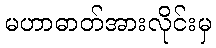
မဟာဓာတ်အားလိုင်းမှ